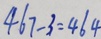
4 6 7 - 3 = 4 6 4